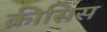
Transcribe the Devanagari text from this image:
क्रीसिस